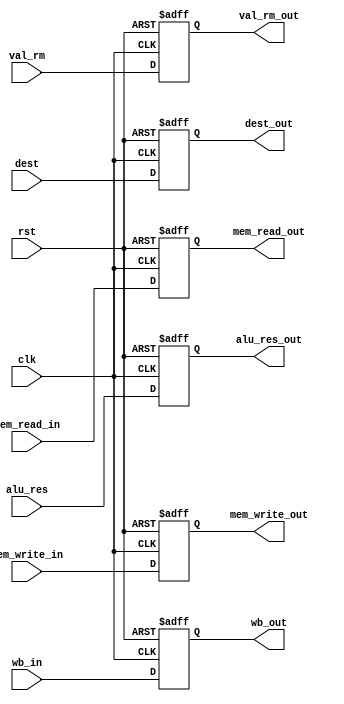
module EXE_stage_reg (
    input clk, rst, wb_in, mem_read_in, mem_write_in, 
    input [3:0] dest,
    input [31:0] alu_res, val_rm, 
    output reg wb_out, mem_read_out, mem_write_out, 
    output reg [3:0] dest_out,
    output reg [31:0] alu_res_out, val_rm_out
);

always @(posedge clk, posedge rst) begin
    if (rst) begin
        wb_out = 1'b0;
        mem_read_out = 1'b0;
        mem_write_out = 1'b0;
        dest_out = 4'bx;
        alu_res_out = 32'bx; 
        val_rm_out = 32'bx; 
    end else begin
        wb_out = wb_in;
        mem_read_out = mem_read_in;
        mem_write_out = mem_write_in;
        dest_out = dest;
        alu_res_out = alu_res; 
        val_rm_out = val_rm;
    end
end

endmodule